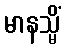
မာနသ္မိံ